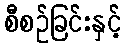
စီစဉ်ခြင်းနှင့်